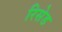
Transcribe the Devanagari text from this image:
रिसेड